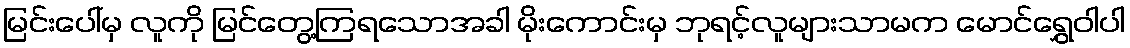
မြင်းပေါ်မှ လူကို မြင်တွေ့ကြရသောအခါ မိုးကောင်းမှ ဘုရင့်လူများသာမက မောင်ရွှေဝါပါ